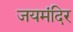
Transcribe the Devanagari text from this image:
जयमंदिर